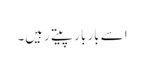
اسے بار بار پیتے رہیں۔